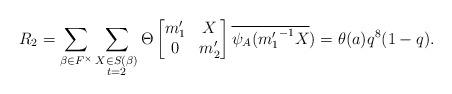
LaTeX: \begin{align*} R_2=\displaystyle \sum_{\beta \in F^{\times}} \sum_{\substack{X\in S(\beta) \\ t=2 }}\Theta \begin{bmatrix} m_1' & X\\0 & m_2' \end{bmatrix}\overline{\psi_A({m_1'}^{-1}X})=\theta(a)q^8(1-q).\end{align*}